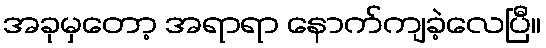
အခုမှတော့ အရာရာ နောက်ကျခဲ့လေပြီ။